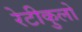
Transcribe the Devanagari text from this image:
रेटीकुलो